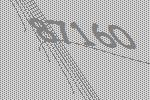
87160